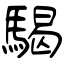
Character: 騔